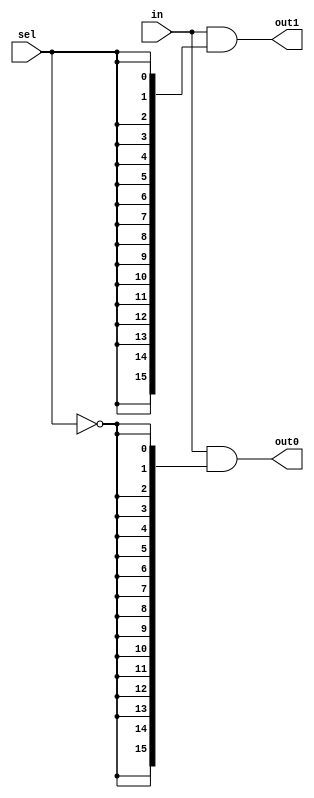
`timescale 1ns / 1ps

module demux_1x2_16b#(parameter N=16)(
    output [N-1:0] out0,
    output [N-1:0] out1,
    input [N-1:0] in,
    input sel
    );
    
    assign out0 = in & {N{~sel}};
    assign out1 = in & {N{sel}};
endmodule